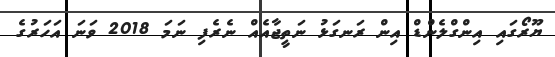
ޔޫރޯގައި އިންގްލެންޑް އިން ރަނގަޅު ނަތީޖާއެއް ނެރެފި ނަމަ 2018 ވަނަ އަހަރުގެ